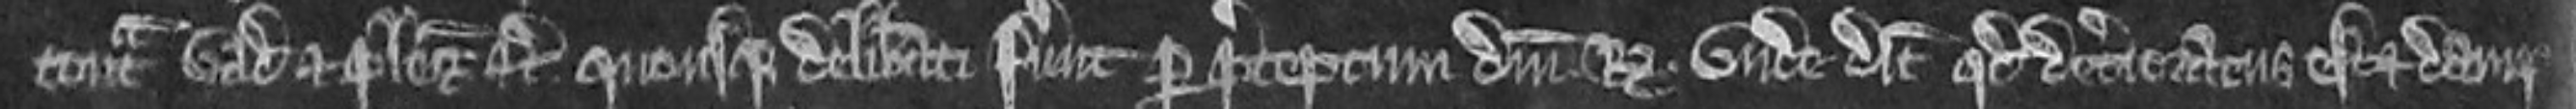
contra vadium et plegios etc. quousque deliberati fuerunt per preceptum domini regis. unde dicit quod deterioratus est et damp